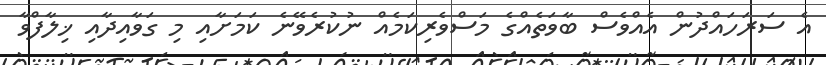
އެ ސަރަހައްދުން އެއްވެސް ބާވަތެއްގެ މަސްވެރިކަމެއް ނުކުރެވޭނެ ކަމަށާއި މި ގަވާއިދާއި ޚިލާފްވާ